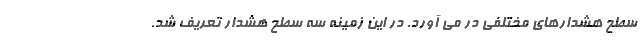
سطح هشدارهای مختلفی در می آورد. در این زمینه سه سطح هشدار تعریف شد.